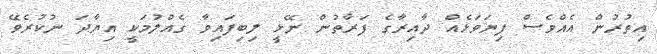
އިތުރުން އެއްވެސް ފިޔަވަޅެއް ދާއިރާގެ ފަރާތުން ނޭޅީ ލިބިފައިވާ ގެއްލުމަކީ އިޔާދަ ނުކުރެވޭ